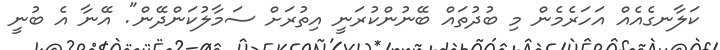
ކަލާނގެއެއް އަހަރެމެން މި ބުދުތަައް ބޭނުންކުރަނީ އިތުރަށް ސަމާލުކަންދޭން". އޭނާ އެ ބުނީ